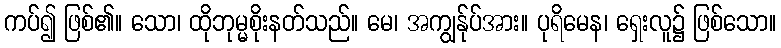
ကပ်၍ ဖြစ်၏။ သော၊ ထိုဘုမ္မစိုးနတ်သည်။ မေ၊ အကျွန်ုပ်အား။ ပုရိမေန၊ ရှေးလူ၌ ဖြစ်သော။